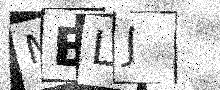
Text: MBLJ